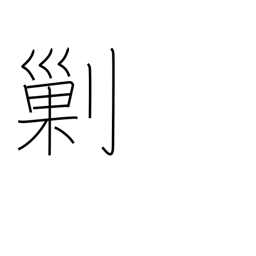
Meaning: destroy